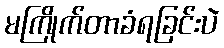
မကြိုက်တာခံရခြင်းပဲ